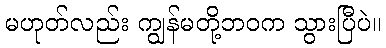
မဟုတ်လည်း ကျွန်မတို့ဘဝက သွားပြီပဲ။